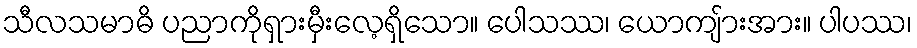
သီလသမာဓိ ပညာကိုရှားမှီးလေ့ရှိသော။ ပေါသဿ၊ ယောကျ်ားအား။ ပါပဿ၊